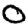
Digit: 0